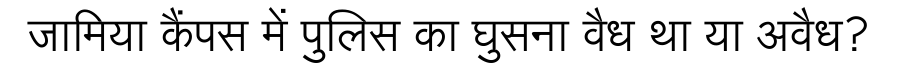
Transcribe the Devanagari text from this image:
जामिया कैंपस में पुलिस का घुसना वैध था या अवैध?